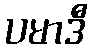
ပမာဒီ